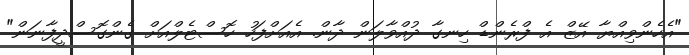
"އެހެންވިއްޔާ އޭޒް އެ ފްރެންޑް ހިނގާ ދުއްވާލަން ދާން. އެއަށްފަހު ހޮސްޓެލްއަށް ގެންގޮސްދީފާނަން"